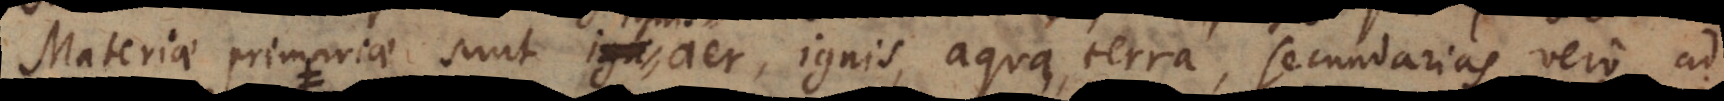
Materiae primariae sunt ign aër,, aër, aqua, terra, secundarias vero ad